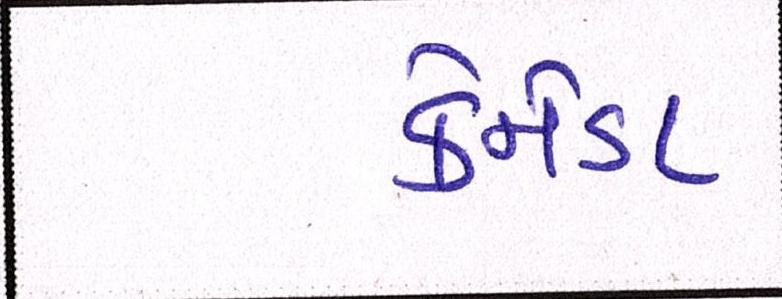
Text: કેનેડા